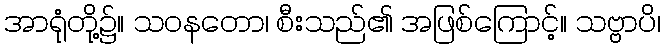
အာရုံတို့၌။ သဝနတော၊ စီးသည်၏ အဖြစ်ကြောင့်။ သဗ္ဗာပိ၊